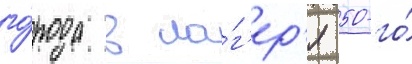
го́рода в ла́г'ер'я 50-го́